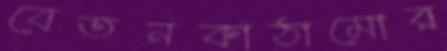
বেতনকাঠামোর